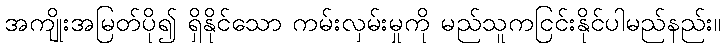
အကျိုးအမြတ်ပို၍ ရှိနိုင်သော ကမ်းလှမ်းမှုကို မည်သူကငြင်းနိုင်ပါမည်နည်း။